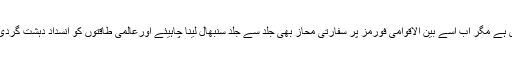
المختصر، بیشک پاکستان نے جنگی میدان میں تو دہشت گرد قوتوں کو ناقابل فراموش شکست دے دی ہے مگر اب اسے بین الاقوامی فورمز پر سفارتی محاز بھی جلد سے جلد سنبھال لینا چاہیئے اورعالمی طاقتوں کو انسداد دہشت گردی کے ضمن میں اپنی فتوحات سے بذریعہ لابنگ آگاہ کرنا چاہیے اس سے قبل کہ بہت دیر ہو جائے۔